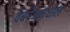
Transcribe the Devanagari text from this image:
वेबपेजमधील